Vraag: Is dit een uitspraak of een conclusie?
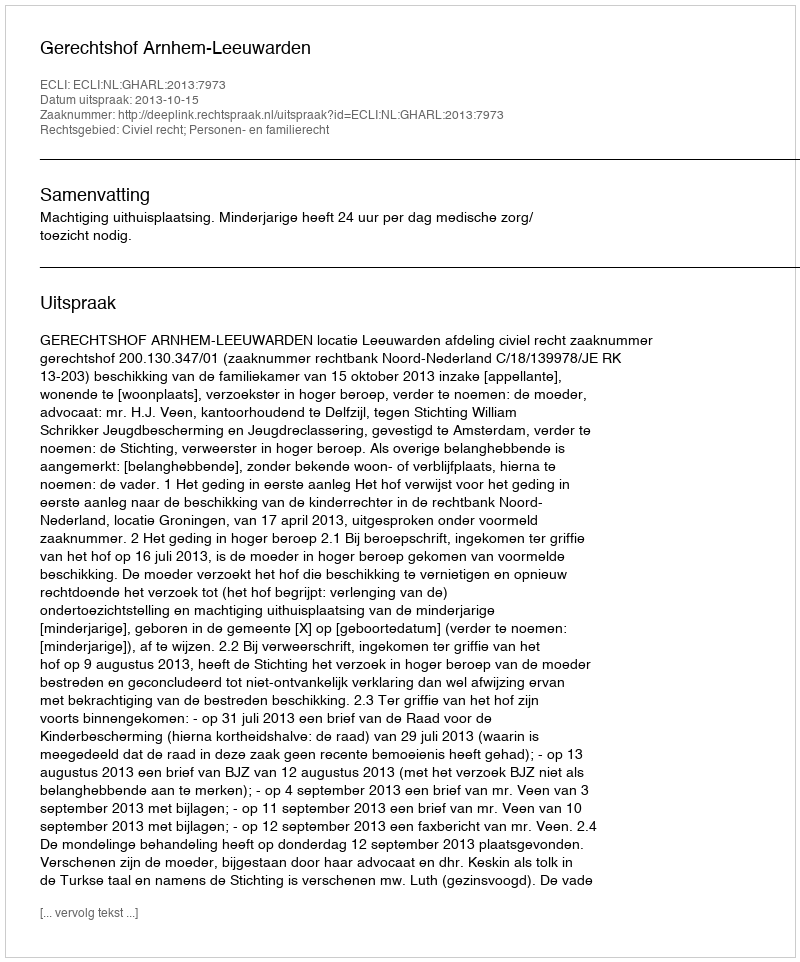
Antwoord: Uitspraak